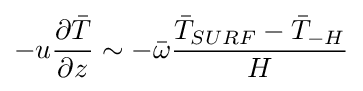
-u{\frac {\partial {\bar {T}}}{\partial z}}\sim -{\bar {\omega }}{\frac {{\bar {T}}_{SURF}-{\bar {T}}_{-H}}{H}}